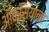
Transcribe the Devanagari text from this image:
ऑक्सियाना